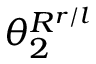
\theta _ { 2 } ^ { R ^ { r / l } }